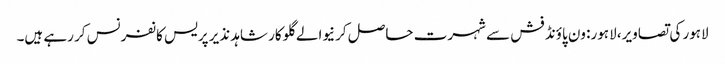
لاہور کی تصاویر، لاہور: ون پاؤنڈ فش سے شہرت حاصل کرنیوالے گلوکار شاہد نذیر پریس کانفرنس کر رہے ہیں۔